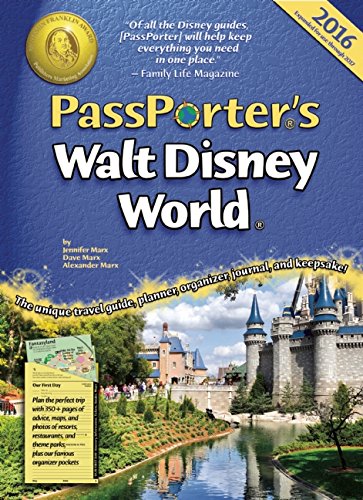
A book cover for PassPorter's Walt Disney World 2016; Jennifer Marx; Travel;